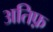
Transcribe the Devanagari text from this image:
अतिफ़